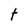
Character: t